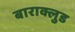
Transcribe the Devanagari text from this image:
बाराक्लुड